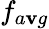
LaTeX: f_{a\mathbf{v}g}